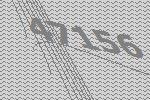
47156